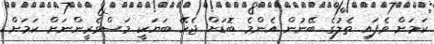
ކަމަށް ވެފައި ތެލުގެ ބޭނުން އެންމެ ބޮޑަށް ޖެހޭ ބަޔަކީ މަސްވެރީންނަށް ކަމަށް